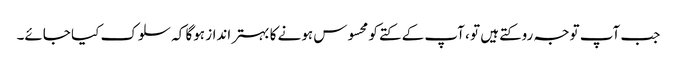
جب آپ توجہ روکتے ہیں تو ، آپ کے کتے کو محسوس ہونے کا بہتر انداز ہوگا کہ سلوک کیا جائے۔